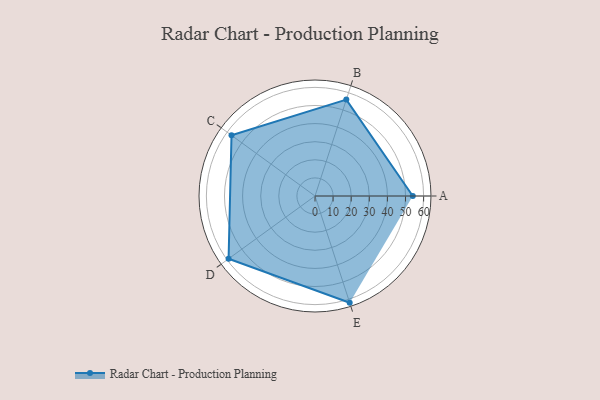
{"axis": {"x": "Skill", "y": "Score"}, "legend": ["Profile"], "data": [{"x": "A", "y": 54.0, "type": "Profile"}, {"x": "B", "y": 56.0, "type": "Profile"}, {"x": "C", "y": 57.0, "type": "Profile"}, {"x": "D", "y": 59.0, "type": "Profile"}, {"x": "E", "y": 62.0, "type": "Profile"}]}